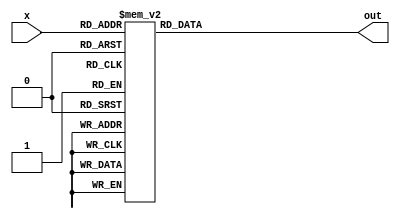
// Digital Logic Design - HW3 module
`timescale 1ns/10ps

module hw4_1(x, out);
input [3:0] x;
output out;
reg out;

always @* begin
	case (x)
		// multiple-of-3
		3, 6, 9: out = 1'b1;
		// input from 0~9
		0, 1, 2, 4, 5, 7, 8: out = 1'b0;
		// otherwise, don't care
		default: out = 1'bx;
	endcase
end

endmodule